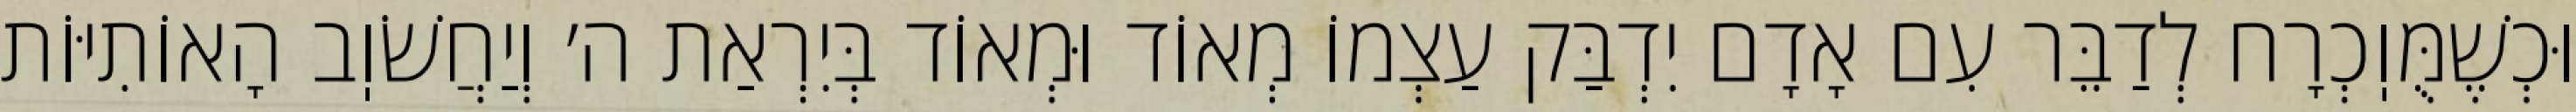
וּכְשֶׁמֻּוֽכְרָח לְדַבֵּר עִם אָדָם יִדְבַּק עַצְמוֹ מְאוֹד וּמְאוֹד בְּיִרְאַת ה׳ וְיַחֲשֹׁוֽב הָאוֹתִיּוֹת